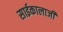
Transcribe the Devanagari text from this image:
साईकालाजी